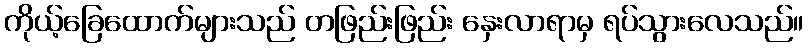
ကိုယ့်ခြေထောက်များသည် တဖြည်းဖြည်း နှေးလာရာမှ ရပ်သွားလေသည်။